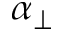
\alpha _ { \perp }